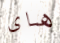
هاى